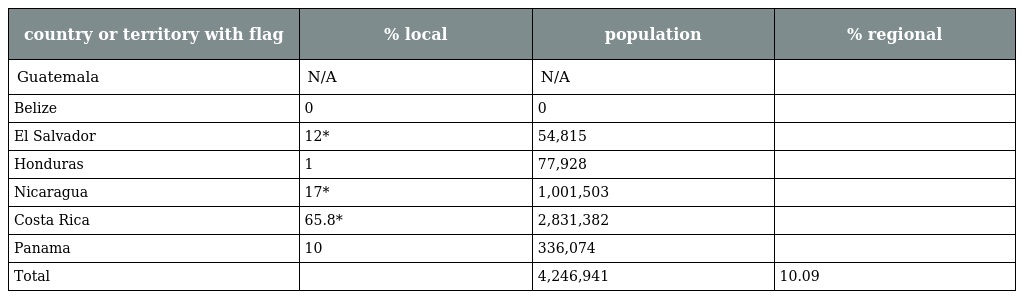
| country or territory with flag | % local | population | % regional |
 | --- | --- | --- | --- |
 | Guatemala | N/A | N/A |  |
 | Belize | 0 | 0 |  |
 | El Salvador | 12* | 54,815 |  |
 | Honduras | 1 | 77,928 |  |
 | Nicaragua | 17* | 1,001,503 |  |
 | Costa Rica | 65.8* | 2,831,382 |  |
 | Panama | 10 | 336,074 |  |
 | Total |  | 4,246,941 | 10.09 |